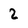
Character: 2